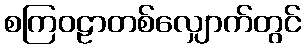
စကြဝဠာတစ်လျှောက်တွင်